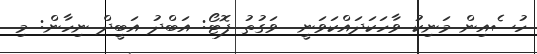
ހުސެއިން މަނިކު ވާހަކަދައްކަވަނީ  ވަގުތު ފޮޓޯ: އަބްދު އަބީދް ނިހާން: މި